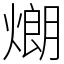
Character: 𤎜